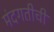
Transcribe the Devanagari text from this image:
मंदगतीची